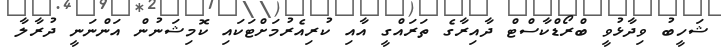
ޝަހީބު ވިދާޅުވީ ބްރޯޑްކާސްޓް ދާއިރާގެ ތަރައްގީ އާއި ކުރިއެރުމަށްޓަކައި ކޮމިޝަނުން އަންނަނީ ދުރާލާ